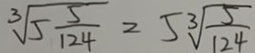
\sqrt [ 3 ] { 5 \frac { 5 } { 1 2 4 } } = 5 \sqrt [ 3 ] { \frac { 5 } { 1 2 4 } }